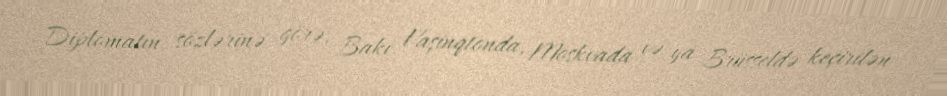
Diplomatın sözlərinə görə, Bakı Vaşinqtonda, Moskvada və ya Brüsseldə keçirilən